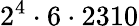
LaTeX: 2^{4}\cdot 6\cdot 2310